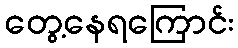
တွေ့နေရကြောင်း